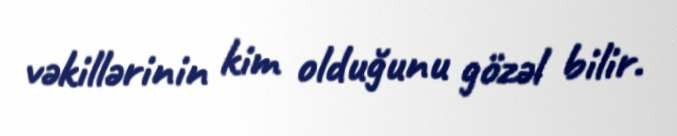
vəkillərinin kim olduğunu gözəl bilir.